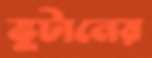
ভুটানের